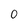
Character: 0